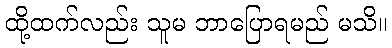
ထို့ထက်လည်း သူမ ဘာပြောရမည် မသိ။